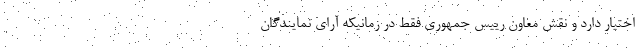
اختیار دارد و نقش معاون رییس جمهوری فقط در زمانیکه آرای نمایندگان